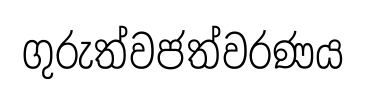
ගුරුත්වජත්වරණය